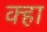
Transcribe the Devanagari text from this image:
क्हा